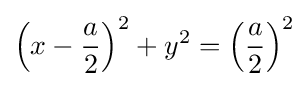
\left(x-{\frac {a}{2}}\right)^{2}+y^{2}=\left({\frac {a}{2}}\right)^{2}